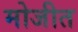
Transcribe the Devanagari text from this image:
मोजीत